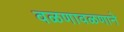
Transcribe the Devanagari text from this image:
वळणावळणाने